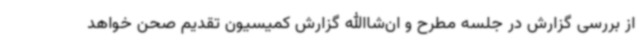
از بررسی گزارش در جلسه مطرح و ان‌شاالله گزارش کمیسیون تقدیم صحن خواهد